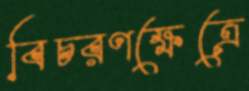
বিচরণক্ষেত্রে